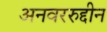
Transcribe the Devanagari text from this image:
अनवररुद्दीन